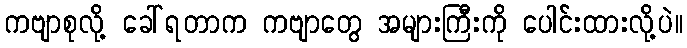
ကဗျာစုလို့ ခေါ်ရတာက ကဗျာတွေ အများကြီးကို ပေါင်းထားလို့ပဲ။